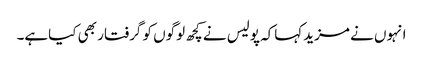
انہوں نے مزیدکہاکہ پولیس نے کچھ لوگوں کو گرفتار بھی کیاہے۔